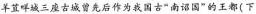
羊直咩城三座古城曾先后作为我国古“南诏国”的王都(下